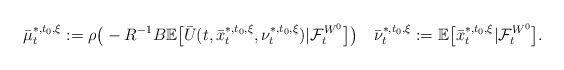
\begin{align*}\bar\mu_t^{*,t_0,\xi}:=\rho\big(-R^{-1}B\mathbb E\big[\bar U(t,\bar x_t^{*,t_0,\xi},\nu_t^{*,t_0,\xi})|\mathcal{F}_t^{W^0}\big]\big)\quad\bar\nu_t^{*,t_0,\xi}:=\mathbb E\big[\bar x_t^{*,t_0,\xi}|\mathcal{F}_t^{W^0}\big].\end{align*}